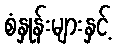
စံနှုန်းများနှင့်